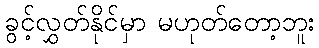
ခွင့်လွှတ်နိုင်မှာ မဟုတ်တော့ဘူး